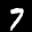
Label: 7